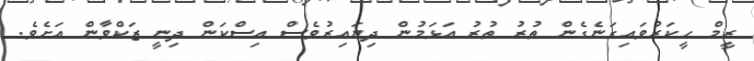
ރީމް ހީކަރުވައިގަނެގެން ތުރު ތުރު އަޅަމުން ދިޔައިރުވެސް އިސްކަން ދިނީ ޒަކްވާން އަށެވެ.